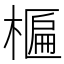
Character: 𬄈